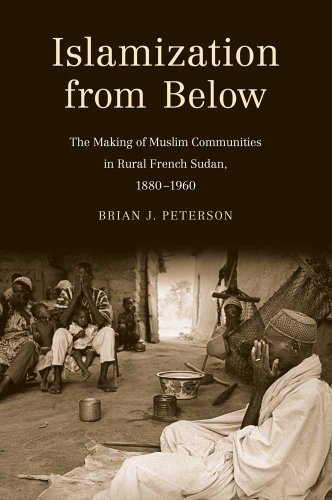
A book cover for Islamization from Below: The Making of Muslim Communities in Rural French Sudan, 1880-1960; Brian J. Peterson; History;